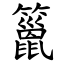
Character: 䉭